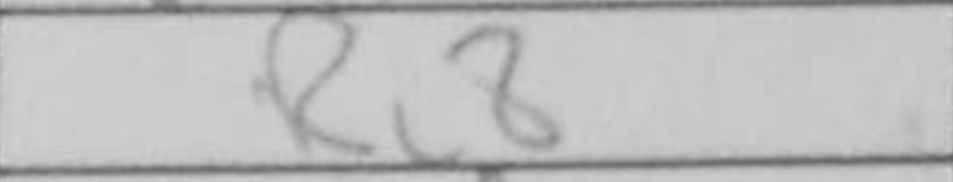
Transcription: Rc8